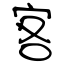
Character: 客